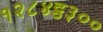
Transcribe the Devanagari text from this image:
१२८४ट्ठ३००